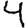
Digit: 4